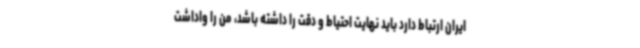
ایران ارتباط دارد باید نهایت احتیاط و دقت را داشته باشد، من را واداشت